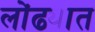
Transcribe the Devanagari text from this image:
लोंढ्यात